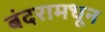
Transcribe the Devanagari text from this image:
बंदरामधून